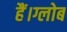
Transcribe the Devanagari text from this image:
हैं।ग्लोब